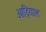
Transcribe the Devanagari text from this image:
ओड़ियाल